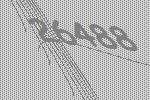
26488